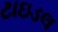
ટાઇડલ